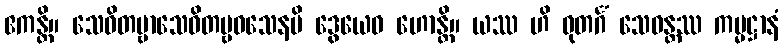
ဧကန္တိ။ သေဝိတဗ္ဗာသေဝိတဗ္ဗဝသေနပိ ဒွေယေဝ ဟောန္တိ။ ယဿ ဟိ ဓုတင်္ဂံ သေဝန္တဿ ကမ္မဋ္ဌာနံ